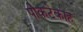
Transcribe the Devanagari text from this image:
पोकटेकाह